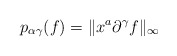
\begin{align*}p_{\alpha\gamma}(f)=\Vert x^{a}\partial^{\gamma}f\Vert_{\infty}\end{align*}